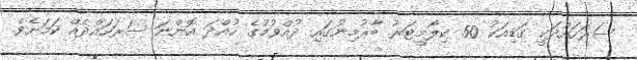
ސަރަހައްދަކީ ގަޑިއަކު 50 ކިލޯމީޓަރު ބާރުމިނުގައި ދުއްވުމުގެ ހުއްދަ އޮންނަ ސަރަހައްދެއް ކަމަށެވެ.